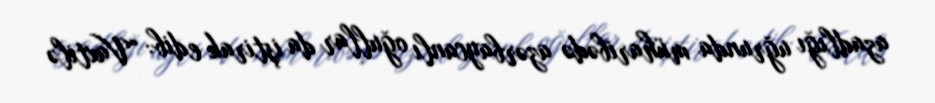
azadlığı uğrunda müharibədə azərbaycanlı oğullar da iştirak edib: “Vaxtilə